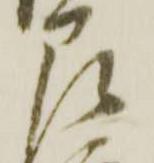
即